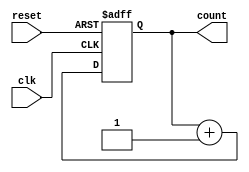
module async_reset_sync_counter (
    input wire clk,          // Clock signal
    input wire reset,        // Asynchronous reset signal
    output reg [3:0] count   // 4-bit counter output
);

// Asynchronous reset and synchronous counting
always @(posedge clk or posedge reset) begin
    if (reset) begin
        count <= 4'b0000;   // Reset the counter to zero
    end else begin
        count <= count + 1; // Increment the counter on clock edge
    end
end

endmodule